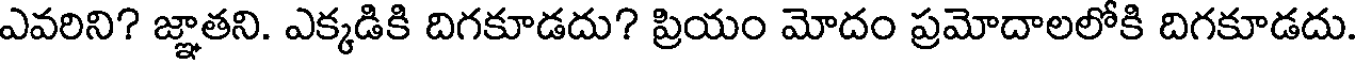
ఎవరిని? జ్ఞాతని. ఎక్కడికి దిగకూడదు? ప్రియం మోదం ప్రమోదాలలోకి దిగకూడదు.